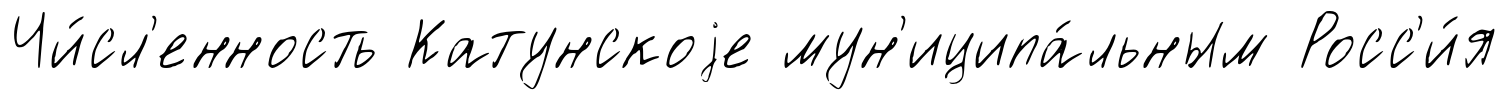
Чи́сл'енность Катунскоjе мун'иципа́льным Росс'и́я